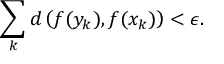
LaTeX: \sum _ { k } d \left( f ( y _ { k } ) , f ( x _ { k } ) \right) < \epsilon .